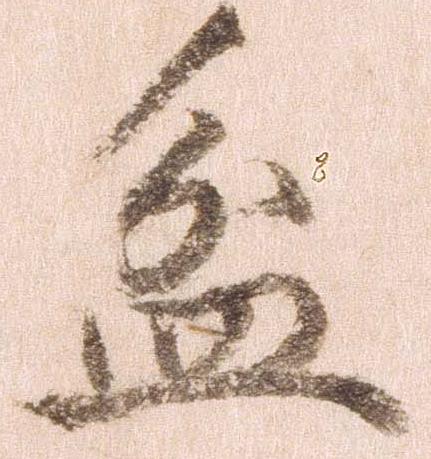
盆